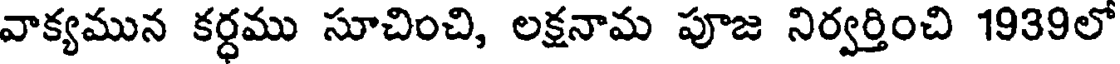
వాక్యమున కర్ధము సూచించి, లక్షనామ పూజ నిర్వర్తించి 1939లో